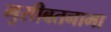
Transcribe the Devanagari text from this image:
मुसीबतनामा